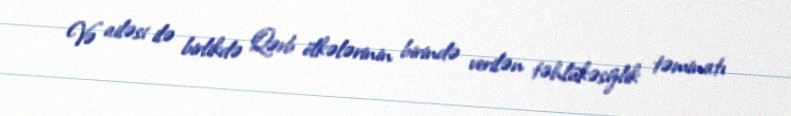
Və ailəsi ilə birlikdə Qərb ölkələrinin birində verilən təhlükəsizlik təminatı